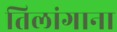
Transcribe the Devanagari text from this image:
तिलांगाना